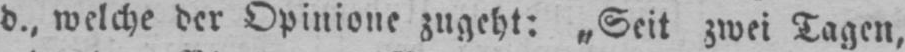
d., welche der Opinione zugeht: „Seit zwei Tagen,